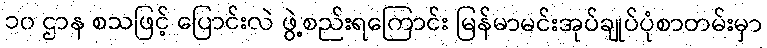
၁၀ ဌာန စသဖြင့် ပြောင်းလဲ ဖွဲ့စည်းရကြောင်း မြန်မာမင်းအုပ်ချုပ်ပုံစာတမ်းမှာ